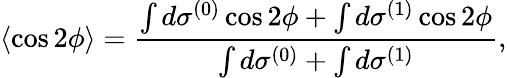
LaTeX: \langle\cos 2\phi\rangle=\frac{\int d\sigma^{(0)}\cos 2\phi+\int d\sigma^{(1)}\cos 2\phi}{\int d\sigma^{(0)}+\int d\sigma^{(1)}},